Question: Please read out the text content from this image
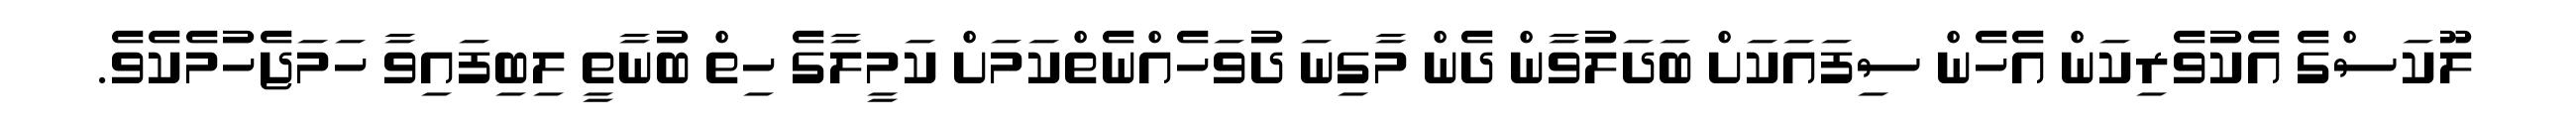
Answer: ލޫކަސްގެ އެކުވެރިކަން އެހެން ސިފައަކަށް ބަދަލުވާން ދެން މާގިނަ ދުވަހެއްނެތްކަމަށް ކަމީލާގެ ހިތް ބުނާތީ ލިބިފައިވާ ހަމަޖެހުމެކެވެ.